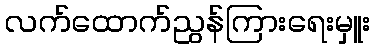
လက်ထောက်ညွန်ကြားရေးမှူး